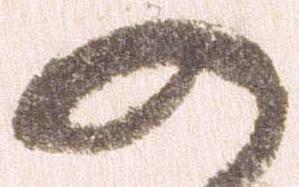
の